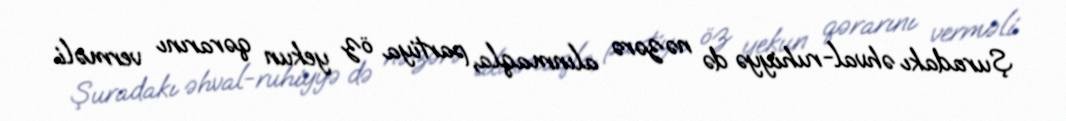
Şuradakı əhval-ruhiyyə də nəzərə alınmaqla, partiya öz yekun qərarını verməli